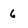
Character: 6